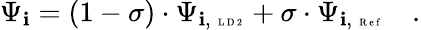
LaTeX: \Psi_{\mathbf{i}}=(1-\sigma)\cdot\Psi_{\mathbf{i},\mathrm{{~\tiny~L~D~2~}}}+\sigma\cdot\Psi_{\mathbf{i},\mathrm{{~\tiny~R~e~f~}}}\quad.